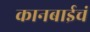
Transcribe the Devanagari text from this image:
कानबाईचं